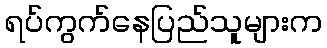
ရပ်ကွက်နေပြည်သူများက